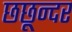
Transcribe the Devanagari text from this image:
छछून्दर